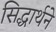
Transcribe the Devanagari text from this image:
सिद्धार्थने